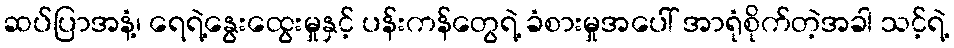
ဆပ်ပြာအနံ့၊ ရေရဲ့နွေးထွေးမှုနှင့် ပန်းကန်တွေရဲ့ ခံစားမှုအပေါ် အာရုံစိုက်တဲ့အခါ သင့်ရဲ့